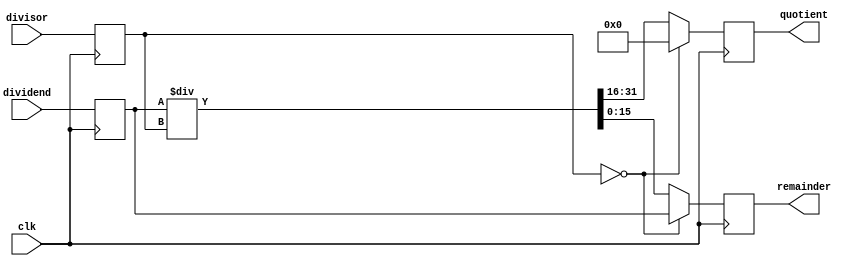
module gcd (
    input wire [15:0] dividend,     // Input operand 1
    input wire [15:0] divisor,      // Input operand 2
    input wire clk,                  // System Clock
    output reg [15:0] quotient,      // Quotient Output
    output reg [15:0] remainder      // Remainder Output
);

reg [15:0] dividend_reg, divisor_reg, quotient_reg, remainder_reg;

always @ (posedge clk) begin
    dividend_reg <= dividend;
    divisor_reg <= divisor;

    // Error handling for divide-by-zero
    if (divisor_reg == 0) begin
        quotient_reg <= 16'b0;   // Set quotient to 0
        remainder_reg <= dividend_reg;  // Set remainder to dividend
    end else begin
        // Perform division operation
        {quotient_reg, remainder_reg} <= dividend_reg / divisor_reg;
    end

end

assign quotient = quotient_reg;
assign remainder = remainder_reg;

endmodule